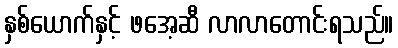
နှစ်ယောက်နှင့် ဖအေ့ဆီ လာလာတောင်းရသည်။